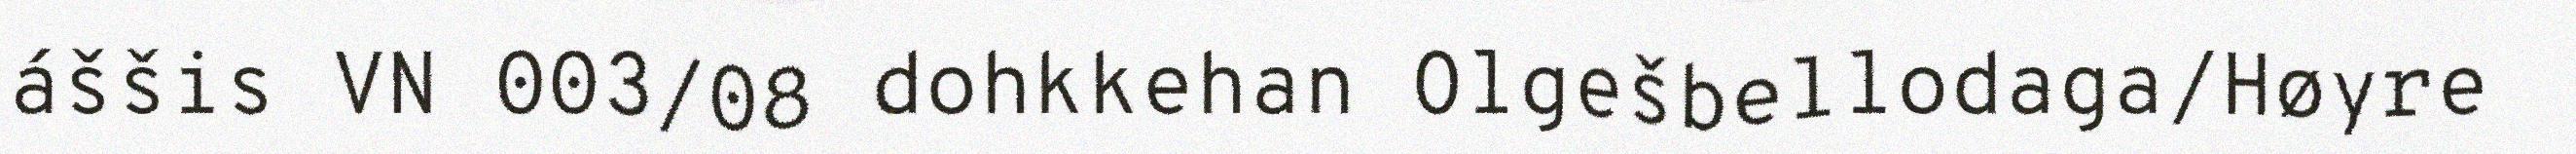
áššis VN 003/08 dohkkehan Olgešbellodaga/Høyre